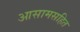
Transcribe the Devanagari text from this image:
आसामसहित